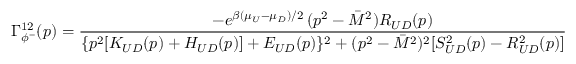
\Gamma _ { \phi ^ { - } } ^ { 1 2 } ( p ) = \frac { - e ^ { \beta ( \mu _ { U } - \mu _ { D } ) / 2 } \, ( p ^ { 2 } - \bar { M } ^ { 2 } ) R _ { U D } ( p ) } { \{ p ^ { 2 } [ K _ { U D } ( p ) + H _ { U D } ( p ) ] + E _ { U D } ( p ) \} ^ { 2 } + ( p ^ { 2 } - \bar { M } ^ { 2 } ) ^ { 2 } [ S _ { U D } ^ { 2 } ( p ) - R _ { U D } ^ { 2 } ( p ) ] } = e ^ { \beta ( \mu _ { U } - \mu _ { D } ) } \, \Gamma _ { \phi ^ { - } } ^ { 2 1 } ( p )